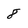
Character: 8